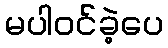
မပါဝင်ခဲ့ပေ